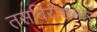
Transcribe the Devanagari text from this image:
तसबिरीसमोर